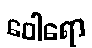
ဝေါရော